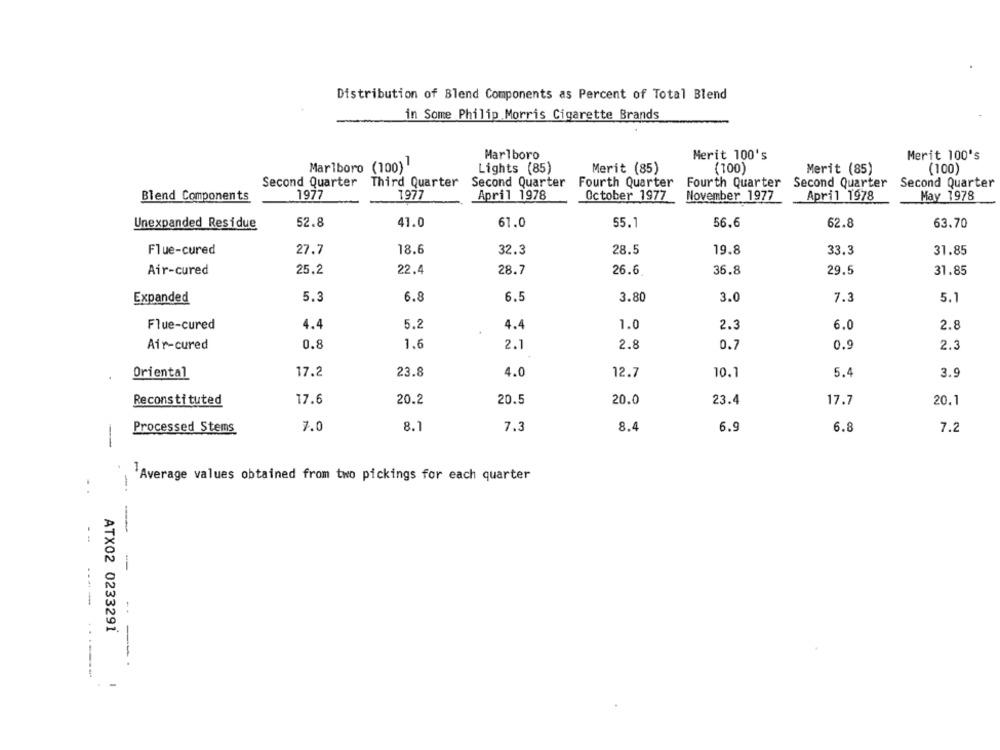
Distribution of Blend Components as Percent of Total Blend
in Some Philip Morris Cigarette Brands
Marlboro
Merit 100's
Merit 100's
Marlboro (100)
Lights (85)
Merit (85)
(100)
Merit (85)
(100)
Second Quarter Third Quarter
Second Quarter
Fourth Quarter
Fourth Quarter
Second Quarter
Second Quarter
Blend Components
1977
1977
April 1978
October 1977
April 1978
May 1978
November 1977
Unexpanded Residue
52.8
41.0
61.0
55.1
56.6
62.8
63.70
Flue-cured
27.7
18.6
32.3
28.5
19.8
33.3
31.85
Air-cured
25.2
22.4
28.7
26.6
36.8
29.5
31.85
Expanded
5.3
6.8
6.5
3.80
3.0
7.3
5.1
Flue-cured
4.4
5.2
4.4
1.0
2.3
6.0
2.8
Air-cured
0.8
1.6
2.1
2.8
0.7
0.9
2.3
Oriental
17.2
23.8
4.0
12.7
10.1
5.4
3.9
Reconstituted
17.6
20.2
20.5
20.0
23.4
17.7
20.1
7.0
8.1
7.3
8.4
6.9
6.8
7.2
Processed Stems
Average values obtained from two pickings for each quarter
-
-
----
ATX02 0233291
---